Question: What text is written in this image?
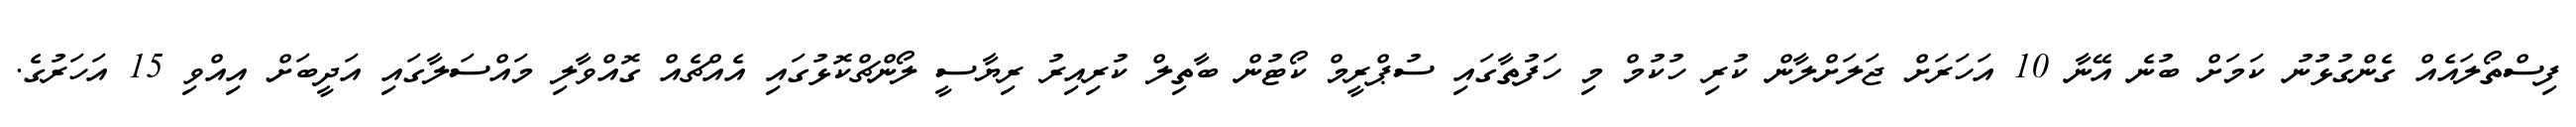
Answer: ފިސްތޯލައެއް ގެންގުޅުނު ކަމަށް ބުނެ އޭނާ 10 އަހަރަށް ޖަލަށްލާން ކުރި ހުކުމް މި ހަފުތާގައި ސުޕްރީމް ކޯޓުން ބާތިލް ކުރިއިރު ރިޔާސީ ލޯންޗްކޮޅުގައި އެއްޗެއް ގޮއްވާލި މައްސަލާގައި އަދީބަށް އިއްވި 15 އަހަރުގެ.